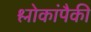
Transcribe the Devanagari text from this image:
श्लोकांपैकी